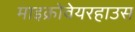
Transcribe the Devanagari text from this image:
माइक्रोवेयरहाउस